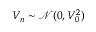
V _ { n } \sim \mathcal { N } ( 0 , V _ { 0 } ^ { 2 } )